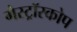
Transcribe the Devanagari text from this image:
गैस्ट्रॉस्कोप